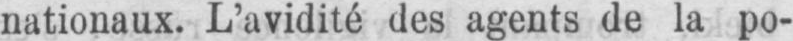
nationaux. L’avidité des agents de la po-